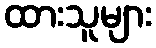
ထားသူများ